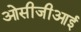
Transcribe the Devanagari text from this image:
ओसीजीआई